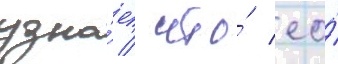
узна́ет / что́ ео́